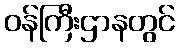
ဝန်ကြီးဌာနတွင်